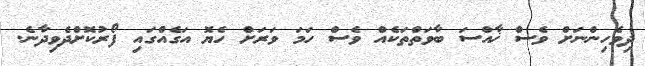
ދިވެހިންނަށް ވެސް ޚާއްސަ ބާވަތްތަކެއް ވެސް ހަމަ ވަރަށް ހެޔޮ އަގެއްގައި ފޯރުކޮށްދެވިދާނެ.